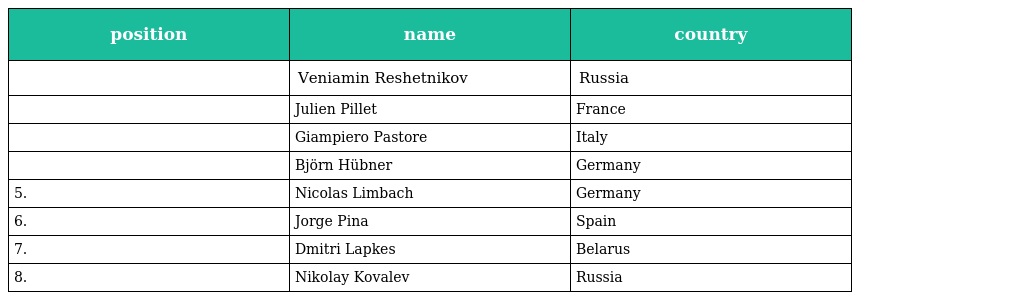
| position | name | country |
 | --- | --- | --- |
 |  | Veniamin Reshetnikov | Russia |
 |  | Julien Pillet | France |
 |  | Giampiero Pastore | Italy |
 |  | Björn Hübner | Germany |
 | 5. | Nicolas Limbach | Germany |
 | 6. | Jorge Pina | Spain |
 | 7. | Dmitri Lapkes | Belarus |
 | 8. | Nikolay Kovalev | Russia |